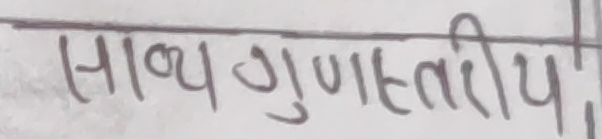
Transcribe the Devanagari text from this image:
साध्य गुणस्तरीय,